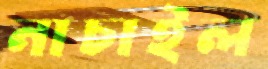
নাচাইল